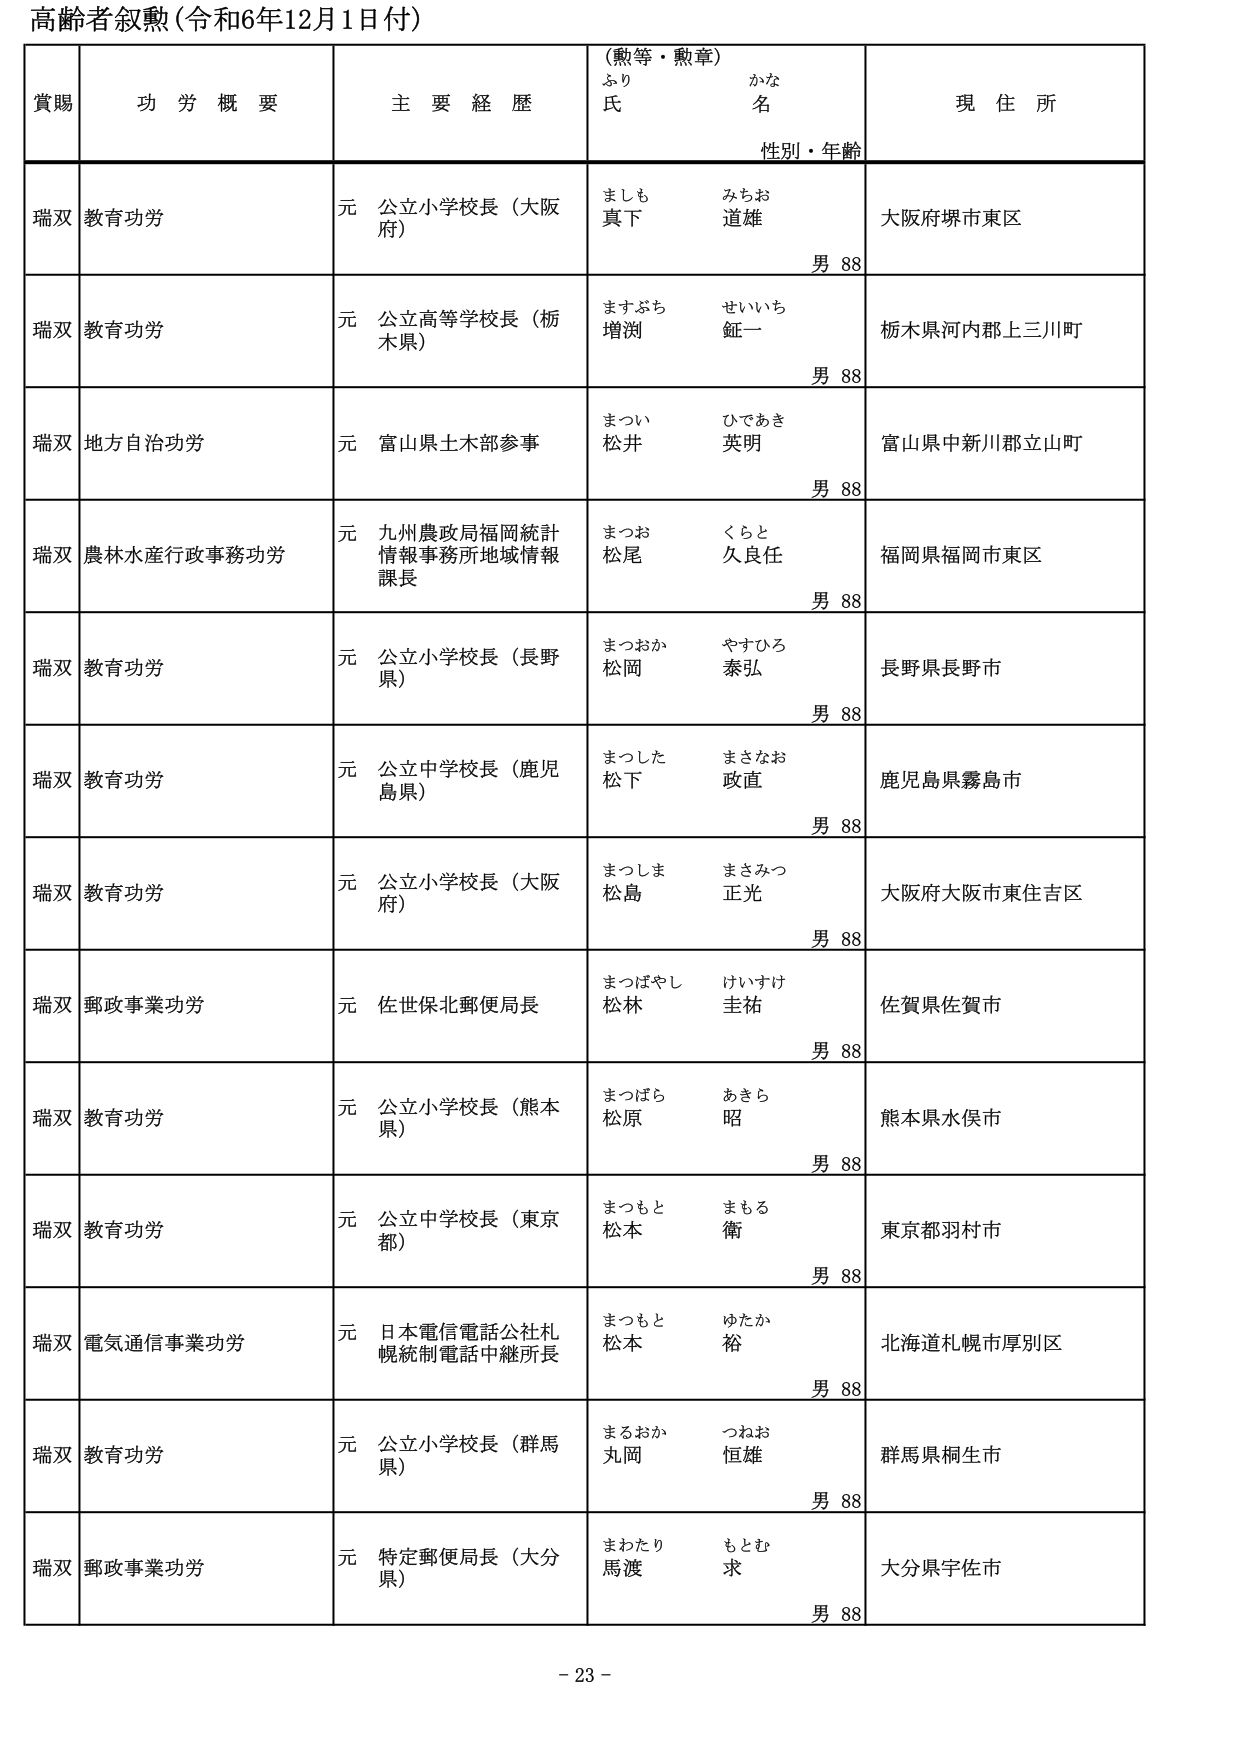
高齢者叙勲（令和6年12月1日付）

賞賜　　功労概要　　主要経歴　　（勲等・勲章）　　現住所
　　　　　　　　　　　　　　ふり　　　　かな
　　　　　　　　　　　　　　氏　　　　名
　　　　　　　　　　　　　　性別・年齢

瑞双　教育功労　　元 公立小学校長（大阪府）　　ましも　みちお　　大阪府堺市東区
　　　　　　　　　　　　　　　　　　　　　　真下　道雄　　　　　　男 88

瑞双　教育功労　　元 公立高等学校長（栃木県）　　ますぶち　せいいち　　栃木県河内郡上三川町
　　　　　　　　　　　　　　　　　　　　　　増渕　鉦一　　　　　　男 88

瑞双　地方自治功労　　元 富山県土木部参事　　まつい　ひであき　　富山県中新川郡立山町
　　　　　　　　　　　　　　　　　　　　　　松井　英明　　　　　　男 88

瑞双　農林水産行政事務功労　　元 九州農政局福岡統計情報事務所地域情報課長　　まつお　くらと　　福岡県福岡市東区
　　　　　　　　　　　　　　　　　　　　　　　　　　　　　　　　　　松尾　久良任　　　　男 88

瑞双　教育功労　　元 公立小学校長（長野県）　　まつおか　やすひろ　　長野県長野市
　　　　　　　　　　　　　　　　　　　　　　松岡　泰弘　　　　　　男 88

瑞双　教育功労　　元 公立中学校長（鹿児島県）　　まつした　まさなお　　鹿児島県霧島市
　　　　　　　　　　　　　　　　　　　　　　松下　政直　　　　　　男 88

瑞双　教育功労　　元 公立小学校長（大阪府）　　まつしま　まさみつ　　大阪府大阪市東住吉区
　　　　　　　　　　　　　　　　　　　　　　松島　正光　　　　　　男 88

瑞双　郵政事業功労　　元 佐世保北郵便局長　　まつぼやし　けいすけ　　佐賀県佐賀市
　　　　　　　　　　　　　　　　　　　　　　松林　圭祐　　　　　　男 88

瑞双　教育功労　　元 公立小学校長（熊本県）　　まつばら　あきら　　熊本県水俣市
　　　　　　　　　　　　　　　　　　　　　　松原　昭　　　　　　男 88

瑞双　教育功労　　元 公立中学校長（東京都）　　まつもと　まもる　　東京都羽村市
　　　　　　　　　　　　　　　　　　　　　　松本　衛　　　　　　男 88

瑞双　電気通信事業功労　　元 日本電信電話公社札幌統制電話中継所長　　まつもと　ゆたか　　北海道札幌市厚別区
　　　　　　　　　　　　　　　　　　　　　　　　　　　　　　　　松本　裕　　　　　　男 88

瑞双　教育功労　　元 公立小学校長（群馬県）　　まるおか　つねお　　群馬県桐生市
　　　　　　　　　　　　　　　　　　　　　　丸岡　恒雄　　　　　　男 88

瑞双　郵政事業功労　　元 特定郵便局長（大分県）　　まわたり　もとむ　　大分県宇佐市
　　　　　　　　　　　　　　　　　　　　　　馬渡　求　　　　　　男 88

- 23 -